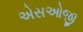
એસઓજી